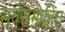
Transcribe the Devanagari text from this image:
सर्वसमाहित